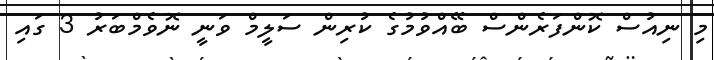
މި ނިއުސް ކޮންފަރެންސް ބޭއްވުމުގެ ކުރިން ސަލީމް ވަނީ ނޮވެމްބަރު 3 ގައި